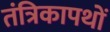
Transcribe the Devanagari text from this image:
तंत्रिकापथों